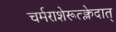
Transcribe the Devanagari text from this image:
चर्मराशेरूत्क्लेदात्